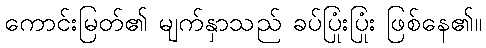
ကောင်းမြတ်၏ မျက်နှာသည် ခပ်ပြုံးပြုံး ဖြစ်နေ၏။